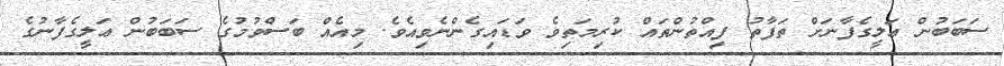
ސަބަބުން ޢަލީގެފާނަށް ތަފާތު ފިއްތުންތައް ކުރިމަތިވެ ވަޑައިގެންނެވިއެވެ. މިއެއް ބަސްވުމުގެ ސަބަބުން ޢަލީގެފާނުގެ